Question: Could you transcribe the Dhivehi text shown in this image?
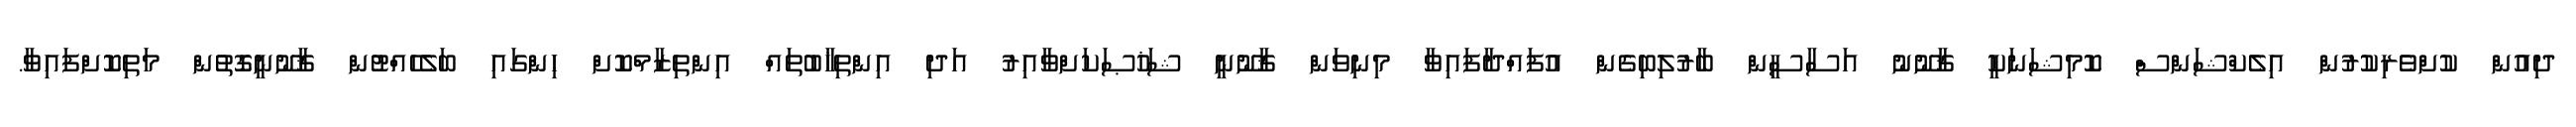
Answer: ދިއުން ކުށްވެރިކުރުން އިލެކްޝަންސް ކޮމިޝަނަކީ ޤާނޫނު އަސާސީން ބާރުލިބިގެން އުފައްދާފައިވާ މިނިވަން ޤާނޫނީ ޝަޚުޞަކަށްވާއިރު އަދި އިންތިޚާބުތައް އިންތިޒާމްކޮށް ހިންގައި ބަލެހެއްޓުން ޤާނޫނީގޮތުން މަތިކޮށްފައިވާ.